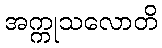
အက္ကုသလောတိ